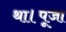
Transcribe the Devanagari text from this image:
था।पूजा